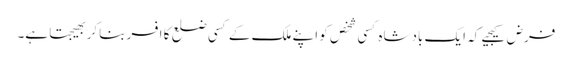
فرض کیجیے کہ ایک بادشاہ کسی شخص کو اپنے ملک کے کسی ضلع کا افسر بناکر بھیجتا ہے۔